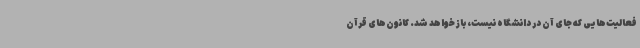
فعالیت‌هایی که جای آن در دانشگاه نیست، باز خواهد شد. کانون‌های قرآن